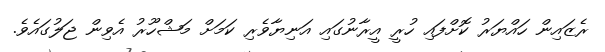
ރެޒައިން ހައްޔަރު ކޮށްފައި ހުރީ އީރާނުގައި އަނިޔާވެރި ކަމަށް މަޝްހޫރު އެވިން ޖަލުގައެވެ.